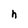
Character: h